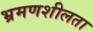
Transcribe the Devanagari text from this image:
भ्रमणशीलता